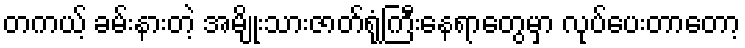
တကယ့် ခမ်းနားတဲ့ အမျိုးသားဇာတ်ရုံကြီးနေရာတွေမှာ လုပ်ပေးတာတော့